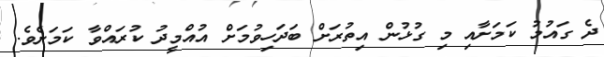
ދެ ގައުމު ކަމަށާއި މި ގުޅުން އިތުރަށް ބަދަހިވުމަށް އުއްމީދު ކުރައްވާ ކަމަށެވެ.